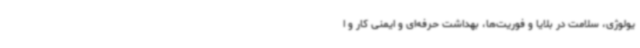
یولوژی، سلامت در بلایا و فوریت‌ها، بهداشت حرفه‌ای و ایمنی کار و ا